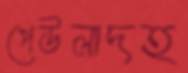
পেউলাদহ